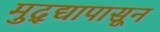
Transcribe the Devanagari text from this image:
मुद्द्यापासून